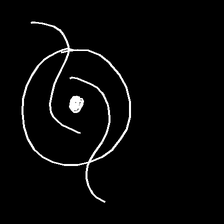
Glyph: repetition